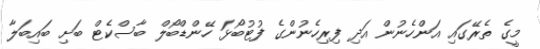
މީގެ ތެރޭގައި އަންހެނުން އަދި ފިރިހެނުންގެ ފުޓުބޯޅަ ހޭންޑްބޯލް ބާސްކެޓް ބަށި ބައިބަލާ